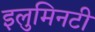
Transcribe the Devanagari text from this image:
इलुमिनटी